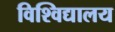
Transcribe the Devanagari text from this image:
विश्‍विद्यालय